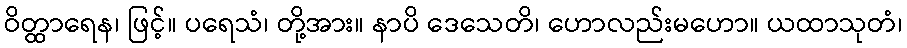
ဝိတ္ထာရေန၊ ဖြင့်။ ပရေသံ၊ တို့အား။ နာပိ ဒေသေတိ၊ ဟောလည်းမဟော။ ယထာသုတံ၊